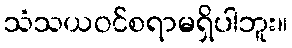
သံသယဝင်စရာမရှိပါဘူး။